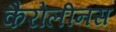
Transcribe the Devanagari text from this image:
कैरोलीनस